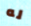
له